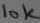
Text: 10K